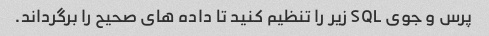
پرس و جوی SQL زیر را تنظیم کنید تا داده های صحیح را برگرداند.